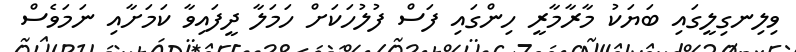
ވިލިނގިލީގައި ބަޔަކު މާރާމާރީ ހިންގައި ފަސް ފުލުހަކަށް ހަމަލާ ދީފައިވާ ކަމަށާއި ނަމަވެސް